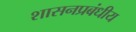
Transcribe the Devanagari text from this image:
शासनप्रबंधीय